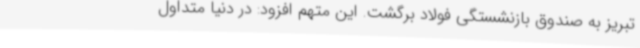
تبریز به صندوق بازنشستگی فولاد برگشت. این متهم افزود: در دنیا متداول